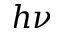
h \nu